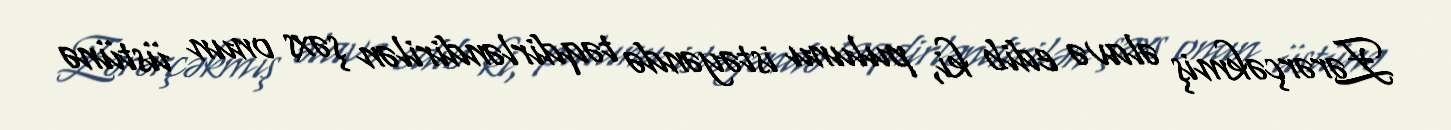
Zərərçəkmiş əlavə edib ki, pulunu istəyəndə təqdirləndirilən şəxs onun üstünə